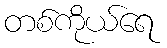
တစ်ကိုယ်ရေ